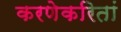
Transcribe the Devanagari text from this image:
करणेकरितां